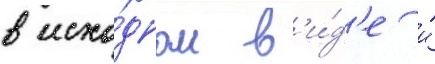
в исхо́дном в'и́д'е и́